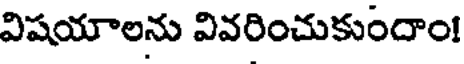
విషయాలను వివరించుకుందాం!